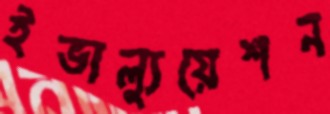
ইভাল্যুয়েশন